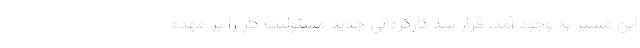
این مسیر به وجود آمد، قرار شد کارگردانی جدید مسئولیت کار را بر عهده